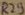
Text: R29